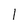
Character: 1